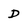
Character: D